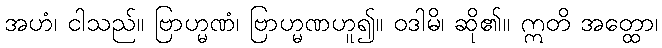
အဟံ၊ ငါသည်။ ဗြာဟ္မဏံ၊ ဗြာဟ္မဏဟူ၍။ ဝဒါမိ၊ ဆို၏။ ဣတိ အတ္ထော၊